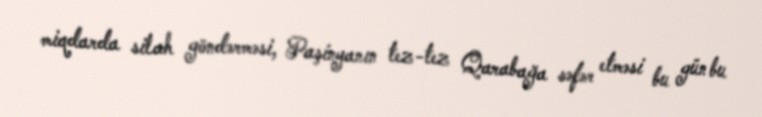
miqdarda silah göndərməsi, Paşinyanın tez-tez Qarabağa səfər etməsi bu gün bu